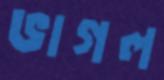
ভাগল